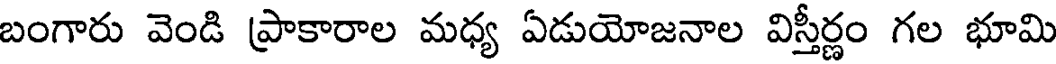
బంగారు వెండి ప్రాకారాల మధ్య ఏడుయోజనాల విస్తీర్ణం గల భూమి